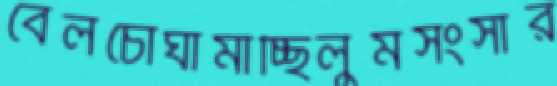
বেলচোঘামাচ্ছিলুমসংসার